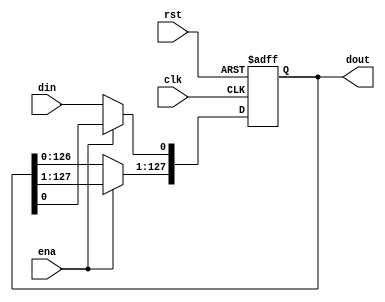
`timescale 1ns/100ps

module shift_reg(din, clk, rst, ena, dout);
    /* Parameter declaration */
    parameter NDATA = 128;
    localparam NDATA_LOG = $clog2(NDATA);

    /* Input/output declaration */
    // Input data line
    input din;
    // Control line
    input clk;
    input rst;
    input ena;
    // Output data line
    output [NDATA-1:0] dout;

    /* Wire/register declaration */
    reg [NDATA-1:0] dout = {NDATA{1'd0}};

    always @ (posedge clk or negedge rst) begin
        if (!rst)
            dout <= {NDATA{1'd0}};
        else begin
            if (!ena) begin
                dout[NDATA-1:1] <= dout[NDATA-2:0];
                dout[0] <= din;
            end
        end
    end

endmodule